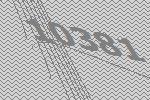
10381